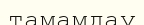
тамамдау